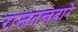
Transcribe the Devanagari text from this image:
राजतन्त्रबारे